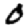
Digit: 0